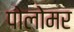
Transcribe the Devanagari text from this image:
पोलोमर